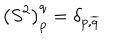
LaTeX: \left( S ^ { 2 } \right) _ { p } ^ { q } = \delta _ { p , \overline { { { q } } } }